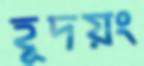
হূদয়ং